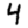
Digit: 4